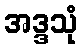
အဒ္ဒသုံ